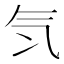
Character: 𣱖